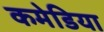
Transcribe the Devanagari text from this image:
कमेडिया